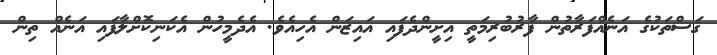
ގަސްތަކުގެ އަނެއްފަރާތުން ފާރުބުރިމަތީ އިށީންދެފައި އައިޒަން އެހިއެވެ. އެދެމީހުން އެކަނިކޮށްލާފައި އަނެއް ތިން